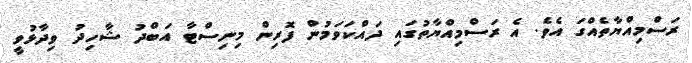
ރަސްމިއްޔާތެއްގަ އެވެ. އެ ރަސްމިއްޔާތުގައި ދައްކަވަމުން ފޮރިން މިނިސްޓާ އަބްދު ޝާހިދު ވިދާޅުވީ